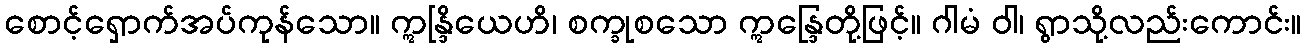
စောင့်ရှောက်အပ်ကုန်သော။ ဣန္ဒြိယေဟိ၊ စက္ခုစသော ဣန္ဒြေတို့ဖြင့်။ ဂါမံ ဝါ၊ ရွာသို့လည်းကောင်း။